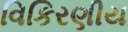
વિકિરણીય